Report on sanitation, dispensaries, and jails in Rajputana for 1920, and on vaccination for the year 1920-1921 - 1920-1921
Year: 1920
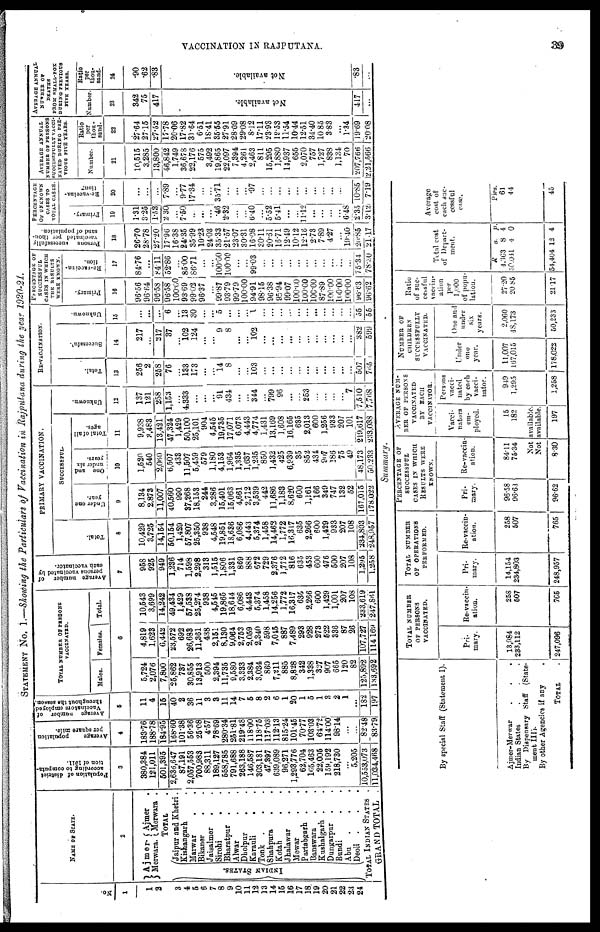
VACCINATION IN RAJPUTANA.
39
STATEMENT No. I.—Showing the Particulars of Vaccination in Rajputana during the year 1920-21.
No.
1
1
2
3
4
5
6
7
8
9
10
11
12
13
14
15
16
17
18
19
20
21
22
23
24
NAME OF STATE.
2
Ajmer.
Merwara.
Ajmer .
Merwara .
TOTAL .
INDIAN STATES.
Jaipur and Khetri.
Kishangarh .
Marwar . .
Bikaner . .
Jaisalmer . .
Sirohi . .
Bharatpur . .
Alwar . .
Dholpur . .
Karauli . .
Tonk . . .
Shahpura . .
Kotah . .
Jhalawar . .
Mewar . .
Partabgarh . .
Banswara . .
Kushalgarh . .
Dungarpur . .
Bundi . .
Abu . . .
Deoli . . .
TOTAL INDIAN STATES .
GRAND TOTAL .
Population of district
according to computa-
tion of 1911.
3
380,384
121,011
501,395
2,636,647
87,191
2,057,553
700,983
88,311
189,127
558,785
791,688
263,188
146,587
303,181
47,397
639,089
96,271
1,293,776
62,704
165,463
22,005
159,192
218,730
...
5,205
10,553,073
11,034,468
Average
population
per square mile.
4
183.76
188.78
184.95
168.60
101.38
56.36
25.08
4.57
78.69
280.34
251.81
219.48
118.00
118.75
117.03
112.13
815.24
101.45
70.77
103.03
64.72
114.00
98.14
...
...
82.48
83.79
Average number of
Vaccinators employed
throughout the season.
5
11
4
15
40
2
36
11
3
3
11
14
7
5
8
2
6
1
20
1
5
1
3
2
1
...
182
197
TOTAL NUMBER OF PERSONS
VACCINATED.
Males.
Females.
Total.
6
5,724
2,076
7,800
25,862
737
30,855
13,913
500
2,394
11,735
9,580
3,333
2,384
3,034
860
7,211
885
8,828
342
1,338
327
907
665
120
82
125,892
133,698
4,819
1,623
6,442
23,572
692
26,683
11,361
438
2,151
8,130
9,064
2,753
2,059
2,340
598
7,045
887
7,489
293
928
273
522
336
87
26
107,727
114,169
10,543
3,699
14,242
49,434
1,429
57,538
25,274
938
4,545
19,865
18,644
6,086
4,443
5,374
1,458
14,256
1,772
16,317
635
2,266
600
1,429
1,001
207
108
233,619
247,861
Average number of
persons vaccinated by
each vaccinator.
7
958
925
949
1,236
714
1,598
2,298
313
1,515
1,806
1,331
869
888
672
729
2,376
1,772
816
635
453
600
476
500
207
108
1,295
1,258
PRIMARY VACCINATION.
Total.
8
10,429
3,725
14,154
50,154
1,429
57,807
25,350
938
4,548
19,851
18,636
6,086
4,443
5,374
1,458
14,462
1,772
16,317
635
2,266
600
1,429
933
207
108
234,803
248,957
SUCCESSFUL.
Under one
year.
9
8,134
2,873
11,007
40,560
990
37,268
18,153
244
3,286
15,401
15,063
4,661
2,712
3,539
442
11,686
1,183
8,620
600
1,161
166
349
747
132
52
167,015
178,022
One and
under six
years.
10
1,520
540
2,060
6,507
433
11,507
5,459
579
1,180
4,153
1,964
1,335
1,637
1,235
850
1,432
425
6,939
35
852
431
907
186
75
49
48,173
50,233
Total of all
ages.
11
9,938
3,483
13,421
47,324
1,429
50,100
25,101
904
4,545
19,735
17,071
6,073
4,443
4,774
1,431
13,169
1,608
16,165
635
2,013
600
1,256
933
207
101
219,617
233,038
Unknown.
12
137
121
258
1,153
...
4,333
...
...
...
91
434
...
...
344
...
799
96
...
...
253
...
...
...
...
7
7,510
7,768
RE-VACCINATION.
Total.
13
256
2
258
76
...
133
173
...
...
14
8
...
...
103
...
...
...
...
...
...
...
...
...
...
...
507
765
Successful.
14
217
...
217
37
...
102
124
...
...
9
8
...
...
102
...
...
...
...
...
...
...
...
...
...
...
382
599
Unknown.
15
...
...
...
6
...
13
30
...
...
5
...
...
...
1
...
...
...
...
...
...
...
...
...
...
...
55
55
PERCENTAGE OF
SUCCESSFUL
CASES IN WHICH
THE RESULTS
WERE KNOWN.
Primary.
16
96.56
96.64
96.58
96.58
100.00
93.69
99.02
96.37
...
99.87
93.79
99.79
100.00
94.91
98.15
96.38
95.94
99.07
100.00
100.00
100.00
87.89
100.00
100.00
100.00
96.63
96.62
Re-vaccina-
tion.
17
84.76
...
84.11
52.86
...
85.00
86.71
...
...
100.00
100.00
...
...
99.03
...
...
...
...
...
...
...
...
...
...
...
75.34
78.30
Persons successfully
vaccinated per thou-
sand of population.
18
26.70
28.78
27.20
17.96
16.38
24.35
35.99
10.23
24.03
35.33
21.57
23.07
30.31
16.08
30.11
20.61
16.71
12.49
10.12
12.16
2.73
7.89
4.27
...
19.40
20.85
21.17
PERCENTAGE
OF UNKNOWN
CASES TO
TOTAL CASES.
Primary.
19
1.31
3.25
1.53
2.30
...
7.50
...
...
...
.46
2.32
...
...
6.40
...
5.52
5.41
...
...
11.12
...
...
...
...
6.48
2.35
3.12
Re-vaccina-
tion.
20
...
...
...
7.89
...
9.77
17.34
...
...
35.71
...
...
...
.97
...
...
...
...
...
...
...
...
...
...
...
10.85
7.19
AVERAGE ANNUAL
NUMBER OF PERSONS
SUCCESSFULLY VACCI-
NATED DURING PRE-
VIOUS FIVE YEARS.
Number.
21
10,515
3,285
13,800
46,842
1,749
36,678
22,176
575
3,492
19,865
22,097
7,394
4,261
2,463
811
15,295
1,880
14,937
655
2,070
757
1,727
838
1,134
70
207,766
2,21,566
Ratio
per
thou-
sand.
22
27.64
27.15
27.52
17.78
20.06
17.82
31.64
6.51
18.41
35.55
27.91
28.09
29.08
8.12
17.11
23.93
19.53
11.54
10.44
12.51
34.40
10.85
3.83
...
1.34
19.69
20.08
AVERAGE ANNUAL
NUMBER OF
DEATHS
FROM SMALL-POX
DURING PREVIOUS
FIVE YEARS.
Number.
23
342
75
417
Not available.
417
...
Ratio
per
thou-
sand.
24
.90
.62
.83
Not available.
.83
1
Summary.
By special Staff (Statement I).
Ajmer-Merwar . . .
Indian States . . .
By Dispensary Staff
(State-
ment III).
By other Agencies if any
TOTAL .
TOTAL NUMBER
OF PERSONS
VACCINATED.
Pri-
mary.
13,984
233,112
247,096
Re-vaccin-
ation.
258
507
765
TOTAL NUMBER
OF OPERATIONS
PERFORMED.
Pri-
mary.
14,154
234,803
248,957
Re-vaccin-
ation.
258
507
765
PERCENTAGE OF
SUCCESSFUL
CASES IN WHICH
RESULTS WERE
KNOWN.
Pri-
mary.
96.58
96.63
96.62
Re-vaccin-
ation.
84.11
75.34
AVERAGE NUM-
BER OF PERSONS
VACCINATED
BY EACH
VACCINATOR.
Vacci-
nators
em-
ployed.
15
182
Not available.
Not available.
8.30
197
Persons
vacci-
nated
by each
vacci-
nator.
949
1,295
1,258
NUMBER OF
CHILDREN
SUCCESSFULLY
VACCINATED.
Under
one
year.
11,007
167,015
178,022
One and
under
six
years.
2,060
48,173
50,233
Ratio
of suc-
cessful
vaccin-
ation
per
1,000
of popu-
lation.
27.20
20.85
21.17
Total cost
of Depart-
ment.
R
4,363
50,041
54,404
a.
8
4
12
p.
4
0
4
Average
cost of
each suc-
cessful
case.
Pies.
61
44
45